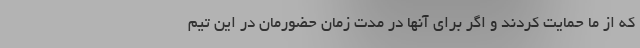
که از ما حمایت کردند و اگر برای آنها در مدت زمان حضورمان در این تیم